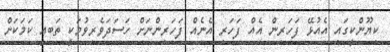
ކިޔޫންކީގައި އެއުޅޭ ފަހަރިން އެއް ފަހަރި އެނެއް ފަހަރިންނަށް ހަސަދަވެރިވުމަކީ ތަބޢީ ކަމަކަށް